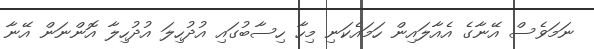
ނަމަވެސް އޭނާގެ އެއާލައިން ހަމައެކަނި މިހާ ހިސާބުގައި އުދުހިލަ އުދުހިލާ އޮންނަން އޭނާ